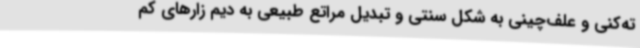
ته‌کنی و علف‌چینی به شکل سنتی و تبدیل مراتع طبیعی به دیم زارهای کم